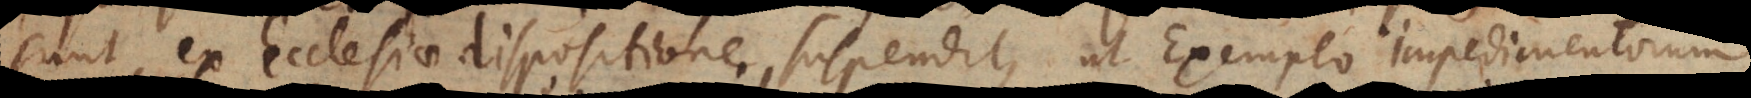
sunt, ex Ecclesiae dispositione, suspendit, ut exemplo impedimentorum